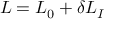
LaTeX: { \cal L } = { \cal L } _ { 0 } + \delta { \cal L } _ { I }